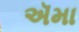
ઍમા